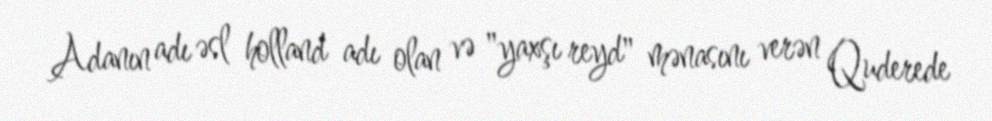
Adanın adı əsl holland adı olan və "yaxşı reyd" mənasını verən Quderede